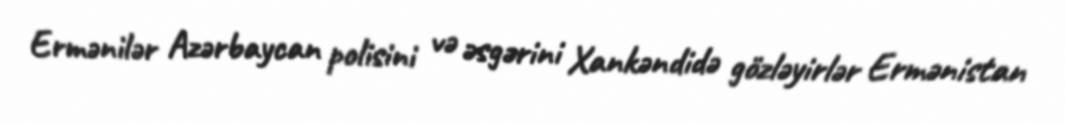
Ermənilər Azərbaycan polisini və əsgərini Xankəndidə gözləyirlər Ermənistan